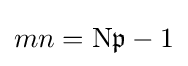
mn=\mathrm {N} {\mathfrak {p}}-1